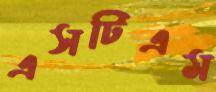
এসটিএম